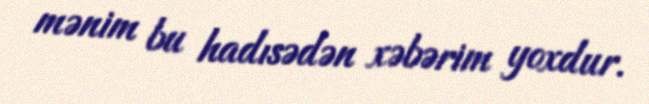
mənim bu hadısədən xəbərim yoxdur.